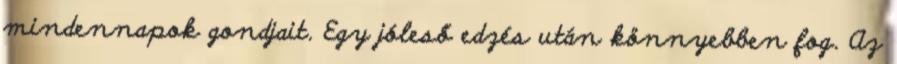
mindennapok gondjait. Egy jóleső edzés után könnyebben fog. Az